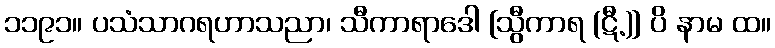
၁၁၉၁။ ပသံသာဂရဟာသညာ၊ သီကာရာဒေါ [သွီကာရ (ဋီ.)] ပိ နာမ ထ။